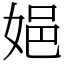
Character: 㛕